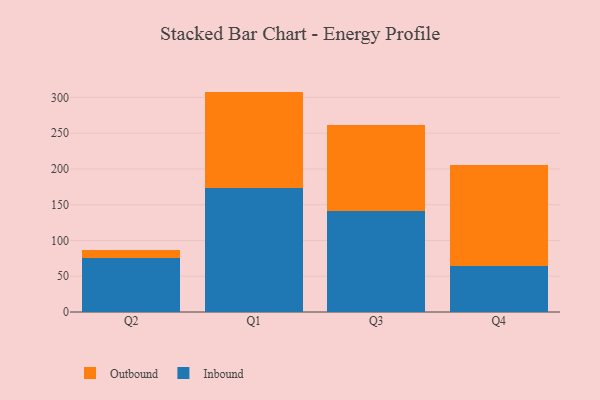
{"axis": {"x": "Quarter", "y": "Demand Index"}, "legend": ["Inbound", "Outbound"], "data": [{"x": "Q2", "y": 75.1, "type": "Inbound"}, {"x": "Q2", "y": 11.5, "type": "Outbound"}, {"x": "Q1", "y": 173.8, "type": "Inbound"}, {"x": "Q1", "y": 134.3, "type": "Outbound"}, {"x": "Q3", "y": 140.7, "type": "Inbound"}, {"x": "Q3", "y": 121.1, "type": "Outbound"}, {"x": "Q4", "y": 64.4, "type": "Inbound"}, {"x": "Q4", "y": 141.5, "type": "Outbound"}]}